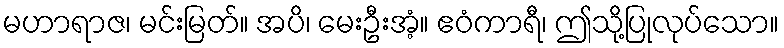
မဟာရာဇ၊ မင်းမြတ်။ အပိ၊ မေးဦးအံ့။ ဧဝံကာရီ၊ ဤသို့ပြုလုပ်သော။